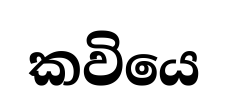
කවියෙ